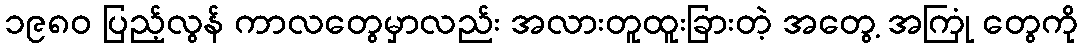
၁၉၈၀ ပြည့်လွန် ကာလတွေမှာလည်း အလားတူထူးခြားတဲ့ အတွေ့ အကြုံ တွေကို